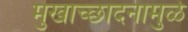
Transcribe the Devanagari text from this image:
मुखाच्छादनामुळे